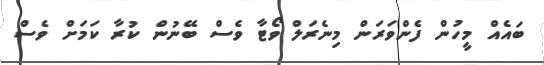
ބައެއް މީހުން ފެންވަރަން މިނެރަލް ވޯޓާ ވެސް ބޭނުން ކުރާ ކަމަށް ވެސް